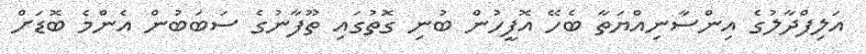
އަލިފްދާލުގެ އިންސާނިއްޔަތާ ބެހޭ އޮފީހުން ބުނި ގޮތުގައި ތޫފާނުގެ ސަބަބުން އެންމެ ބޮޑަށް